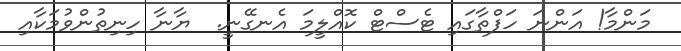
މަންމާ! އަންނަ ހަފްތާގައި ޓެސްޓް ކޮއްލީމަ އެނގޭނީ.  ޔާނާ ހިނިތުންވުމަކާއި